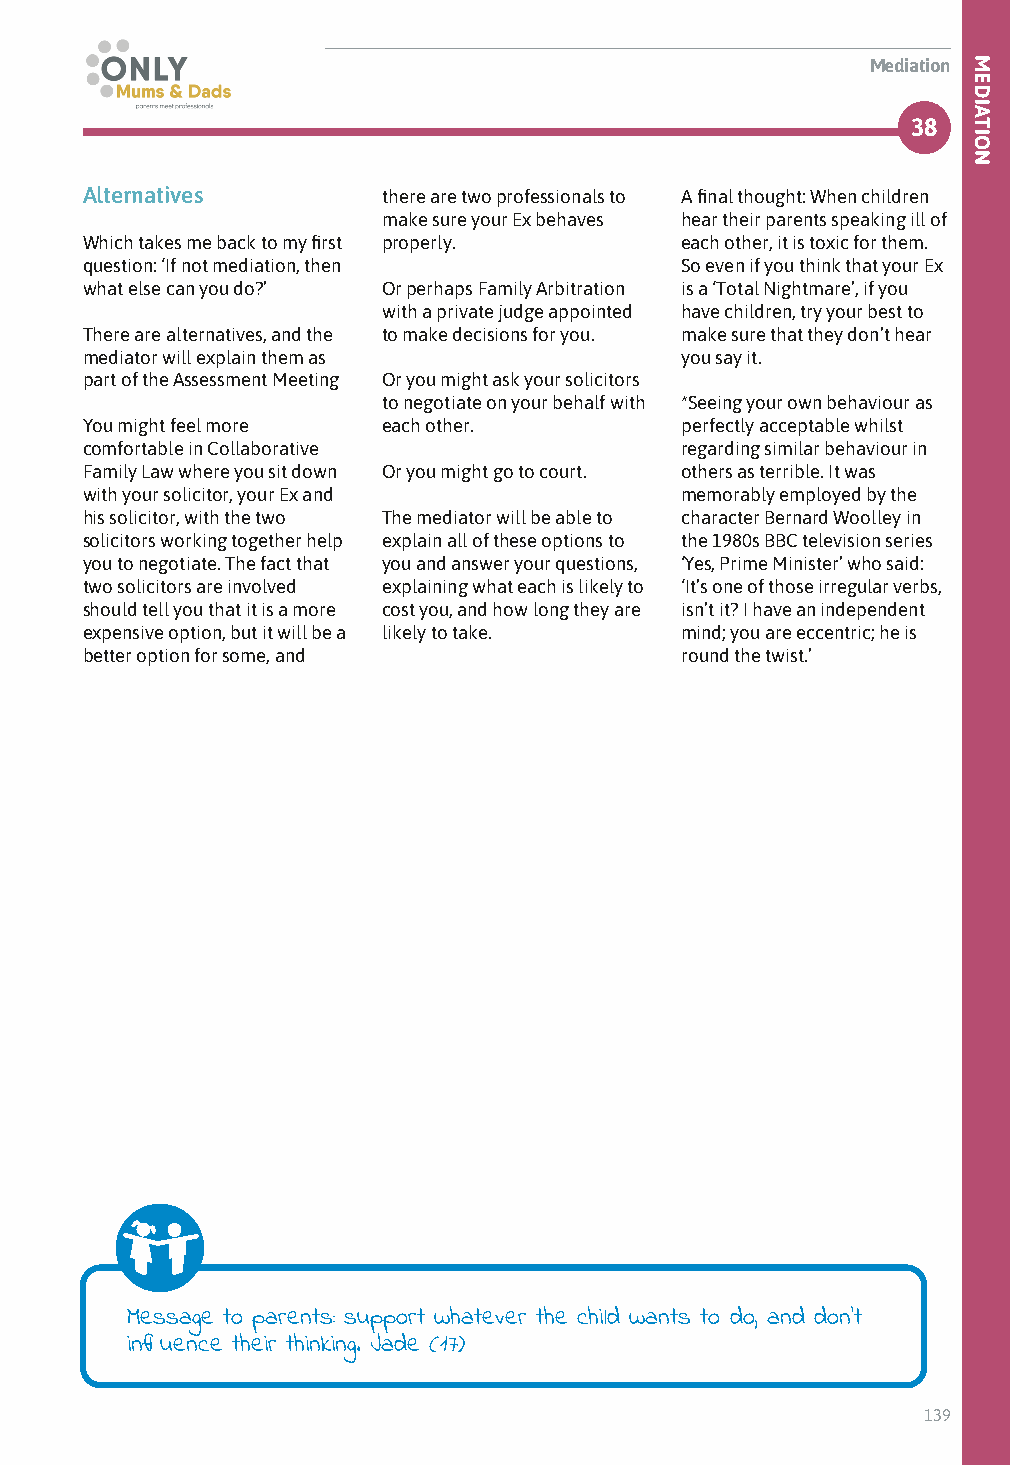
Mediation
 38
 Alternatives        there are two professionals to A final thought: When children
 make sure your Ex behaves hear their parents speaking ill of
 Which takes me back to my first properly. each other, it is toxic for them.
 question: ‘If not mediation, then       So even if you think that your Ex
 what else can you do?’ Or perhaps Family Arbitration is a ‘Total Nightmare’, if you
 with a private judge appointed have children, try your best to
 There are alternatives, and the to make decisions for you. make sure that they don’t hear
 mediator will explain them as           you say it.
 part of the Assessment Meeting Or you might ask your solicitors
 to negotiate on your behalf with *Seeing your own behaviour as
 You might feel more each other.         perfectly acceptable whilst
 comfortable in Collaborative            regarding similar behaviour in
 Family Law where you sit down Or you might go to court. others as terrible. It was
 with your solicitor, your Ex and        memorably employed by the
 his solicitor, with the two The mediator will be able to character Bernard Woolley in
 solicitors working together help explain all of these options to the 1980s BBC television series
 you to negotiate. The fact that you and answer your questions, ‘Yes, Prime Minister’ who said:
 two solicitors are involved explaining what each is likely to ‘It’s one of those irregular verbs,
 should tell you that it is a more cost you, and how long they are isn’t it? I have an independent
 expensive option, but it will be a likely to take. mind; you are eccentric; he is
 better option for some, and             round the twist.’
 Message to parents: support whatever the child wants to do, and don’t
 influence their thinking. Jade (17)
 139
 MEDIATION